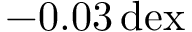
- 0 . 0 3 \, \mathrm { d e x }